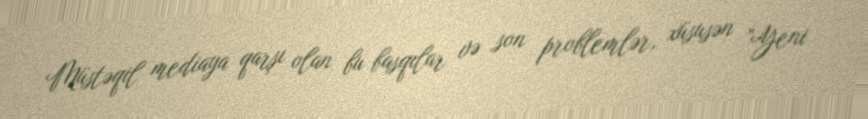
Müstəqil mediaya qarşı olan bu basqılar və son problemlər, xüsusən ”Yeni